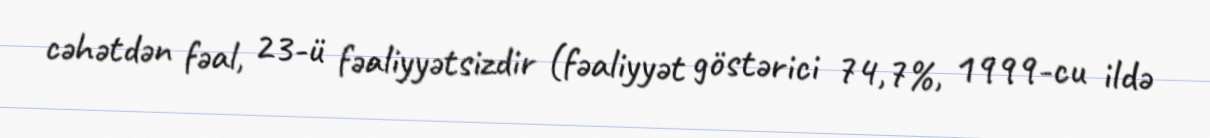
cəhətdən fəal, 23-ü fəaliyyətsizdir (fəaliyyət göstərici 74,7%, 1999-cu ildə